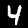
Label: 4